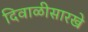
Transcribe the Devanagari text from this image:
दिवाळीसारखे